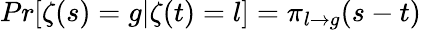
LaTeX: Pr[\zeta(s)=g|\zeta(t)=l]=\pi_{l\to g}(s-t)